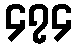
၄၇၄